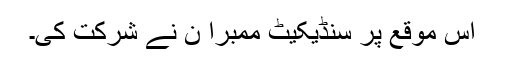
‌‌‌ اس موقع پر سنڈیکیٹ ممبرا ن نے شرکت کی۔